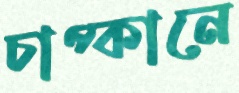
চাপ্কানে